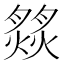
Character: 𦠹